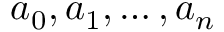
a _ { 0 } , a _ { 1 } , \ldots , a _ { n }